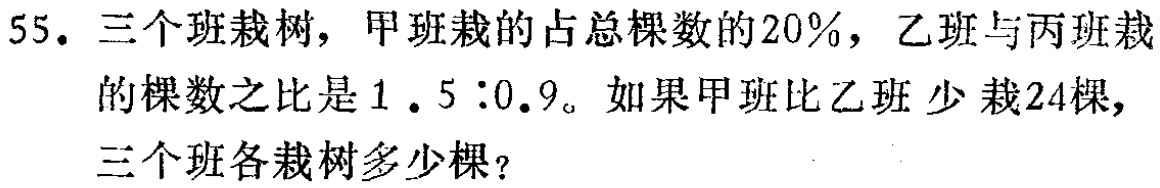
55. 三个班栽树，甲班栽的占总棵数的20%，乙班与丙班栽的棵数之比是1.5∶0.9。如果甲班比乙班少栽24棵，三个班各栽树多少棵？